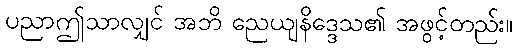
ပညာဤသာလျှင် အဘိ ညေယျနိဒ္ဒေသ၏ အဖွင့်တည်း။